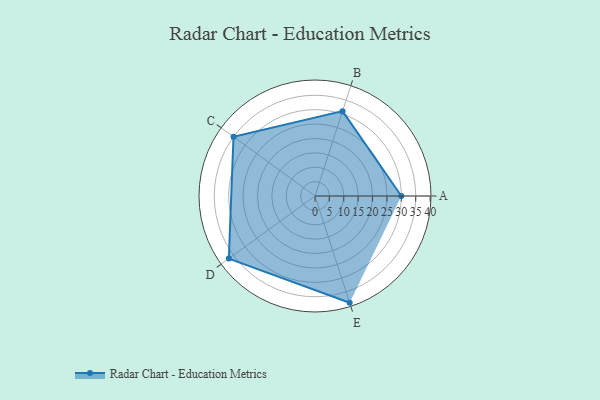
{"axis": {"x": "Skill", "y": "Score"}, "legend": ["Profile"], "data": [{"x": "A", "y": 30.0, "type": "Profile"}, {"x": "B", "y": 31.0, "type": "Profile"}, {"x": "C", "y": 35.0, "type": "Profile"}, {"x": "D", "y": 37.0, "type": "Profile"}, {"x": "E", "y": 39.0, "type": "Profile"}]}